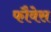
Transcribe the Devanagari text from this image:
फौवेस